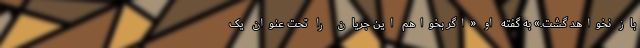
باز نخواهد گشت.» به گفته او «اگر بخواهم این جریان را تحت عنوان یک